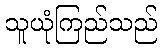
သူယုံကြည်သည်